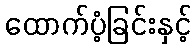
ထောက်ပံ့ခြင်းနှင့်